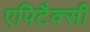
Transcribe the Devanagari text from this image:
एपिटैक्सी